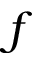
f